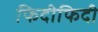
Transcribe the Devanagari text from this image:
फिदीफिदी